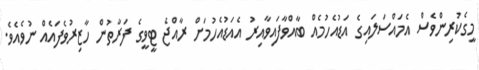
މީގެކުރިންވެސް އެމައްސަލައިގެ އަޑުއެހުމެއް ބާއްވާފައިވާއިރު އެއަޑުއެހުމަށް ރާއްޖެ ޓީވީގެ ފަރާތުން ހާޒިރުވެފައެއް ނުވެއެވެ.